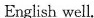
English well.